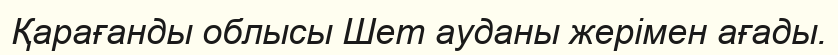
Қарағанды облысы Шет ауданы жерімен ағады.